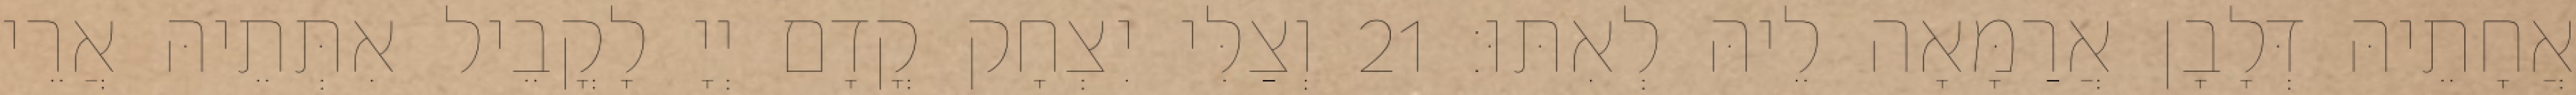
אֲחָתֵיהּ דְּלָבָן אֲרַמָּאָה לֵיהּ לְאִתּוּ׃ 21 וְצַלִּי יִצְחָק קֳדָם יְיָ לָקֳבֵיל אִתְּתֵיהּ אֲרֵי